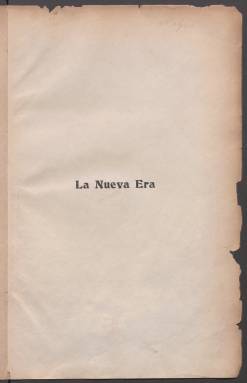
Título: La Nueva era (Madrid. 1901)
Colección: Socialismo
Ámbito geográfico: Madrid
Lugar de publicación: Madrid
Fechas: 01/01/1901-31/12/1902